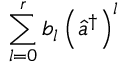
\sum _ { l = 0 } ^ { r } b _ { l } \left( \hat { a } ^ { \dagger } \right) ^ { l }